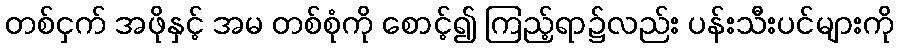
တစ်ငှက် အဖိုနှင့် အမ တစ်စုံကို စောင့်၍ ကြည့်ရာ၌လည်း ပန်းသီးပင်များကို